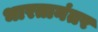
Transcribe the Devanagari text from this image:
भारतानंतर